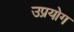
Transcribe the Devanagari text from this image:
उप्रयोग